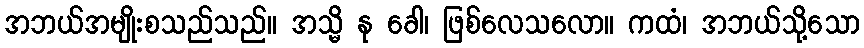
အဘယ်အမျိုးစသည်သည်။ အသ္မိ နု ခေါ၊ ဖြစ်လေသလော။ ကထံ၊ အဘယ်သို့သော